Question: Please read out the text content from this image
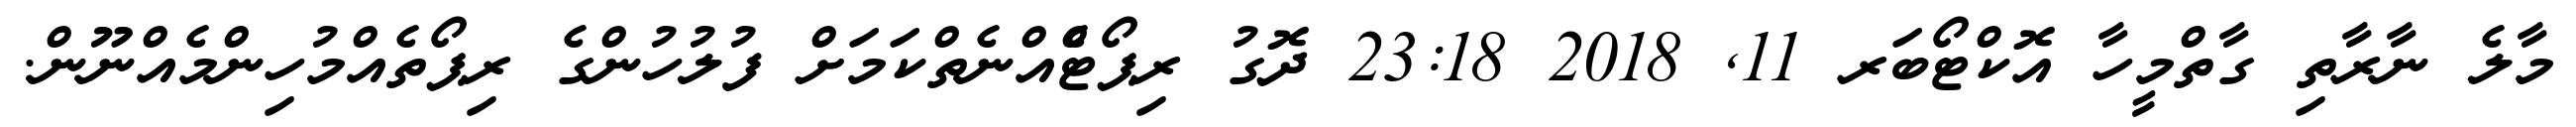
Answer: މާލެ ނާރާތި ގާތްމީހާ އޮކްޓޯބަރ 11, 2018 23:18 ދޮގު ރިޕޯޓެްއްނެތްކަމަށް ފުލުހުންގެ ރިޕޯތެއްމުހިންމެއްނޫން.